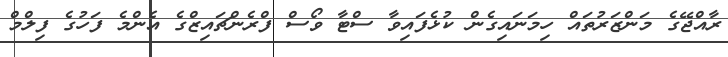
ރާއްޖޭގެ މަންޒަރުތައް ހިމަނައިގެން ކުޅެފައިވާ ސްޓާ ވޯސް ފްރެންޗައިޒްގެ އެންމެ ފަހުގެ ފިލްމް